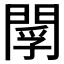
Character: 𨴫